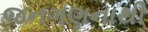
જનગણનાથી